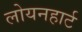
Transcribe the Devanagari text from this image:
लोयनहार्ट